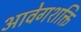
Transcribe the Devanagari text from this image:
आवेगशक्ति